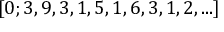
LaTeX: [ 0 ; 3 , 9 , 3 , 1 , 5 , 1 , 6 , 3 , 1 , 2 , . . . ]